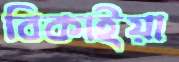
বিকাইয়া